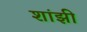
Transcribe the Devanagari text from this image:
शांझी